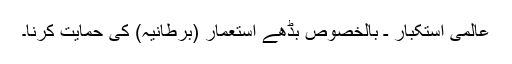
عالمی استکبار ـ بالخصوص بڈھے استعمار (برطانیہ) کی حمایت کرنا۔